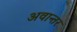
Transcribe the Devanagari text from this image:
अवान्‍तर